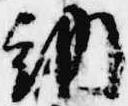
納